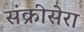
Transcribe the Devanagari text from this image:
संक्रीसेरा